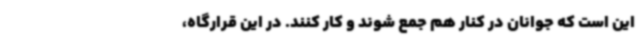
این است که جوانان در کنار هم جمع شوند و کار کنند. در این قرارگاه،